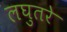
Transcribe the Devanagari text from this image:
लघुतरे